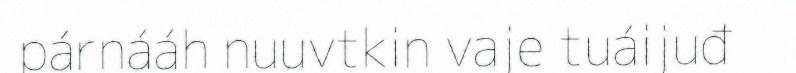
párnááh nuuvtkin vaje tuáijuđ